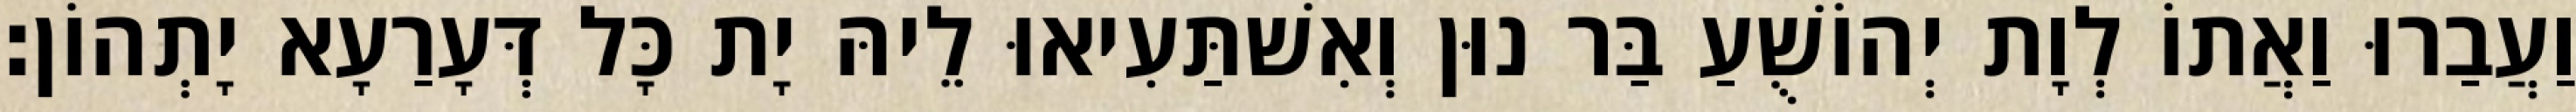
וַעֲבַרוּ וַאֲתוֹ לְוָת יְהוֹשֻׁעַ בַּר נוּן וְאִשׁתַּעִיאוּ לֵיהּ יָת כָּל דְּעָרַעָא יָתְהוֹן׃